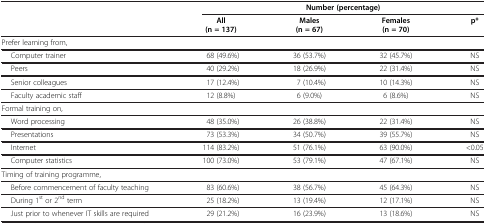
<table><thead><tr><td rowspan="3"><b> </b></td><td colspan="4"><b>Number (percentage)</b></td></tr><tr><td><b>All (n = 137)</b></td><td><b>Males (n = 67)</b></td><td><b>Females (n = 70)</b></td><td rowspan="2"><b>p*</b></td></tr></thead><tbody><tr><td>Prefer learning from,</td><td> </td><td> </td><td> </td><td> </td></tr><tr><td>Computer trainer</td><td>68 (49.6%)</td><td>36 (53.7%)</td><td>32 (45.7%)</td><td>NS</td></tr><tr><td>Peers</td><td>40 (29.2%)</td><td>18 (26.9%)</td><td>22 (31.4%)</td><td>NS</td></tr><tr><td>Senior colleagues</td><td>17 (12.4%)</td><td>7 (10.4%)</td><td>10 (14.3%)</td><td>NS</td></tr><tr><td>Faculty academic staff</td><td>12 (8.8%)</td><td>6 (9.0%)</td><td>6 (8.6%)</td><td>NS</td></tr><tr><td>Formal training on,</td><td> </td><td> </td><td> </td><td> </td></tr><tr><td>Word processing</td><td>48 (35.0%)</td><td>26 (38.8%)</td><td>22 (31.4%)</td><td>NS</td></tr><tr><td>Presentations</td><td>73 (53.3%)</td><td>34 (50.7%)</td><td>39 (55.7%)</td><td>NS</td></tr><tr><td>Internet</td><td>114 (83.2%)</td><td>51 (76.1%)</td><td>63 (90.0%)</td><td>&lt;0.05</td></tr><tr><td>Computer statistics</td><td>100 (73.0%)</td><td>53 (79.1%)</td><td>47 (67.1%)</td><td>NS</td></tr><tr><td>Timing of training programme,</td><td> </td><td> </td><td> </td><td> </td></tr><tr><td>Before commencement of faculty teaching</td><td>83 (60.6%)</td><td>38 (56.7%)</td><td>45 (64.3%)</td><td>NS</td></tr><tr><td>During 1<sup>st</sup> or 2<sup>nd</sup> term</td><td>25 (18.2%)</td><td>13 (19.4%)</td><td>12 (17.1%)</td><td>NS</td></tr><tr><td>Just prior to whenever IT skills are required</td><td>29 (21.2%)</td><td>16 (23.9%)</td><td>13 (18.6%)</td><td>NS</td></tr></tbody></table>